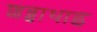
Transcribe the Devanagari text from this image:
शब्बाथाइ